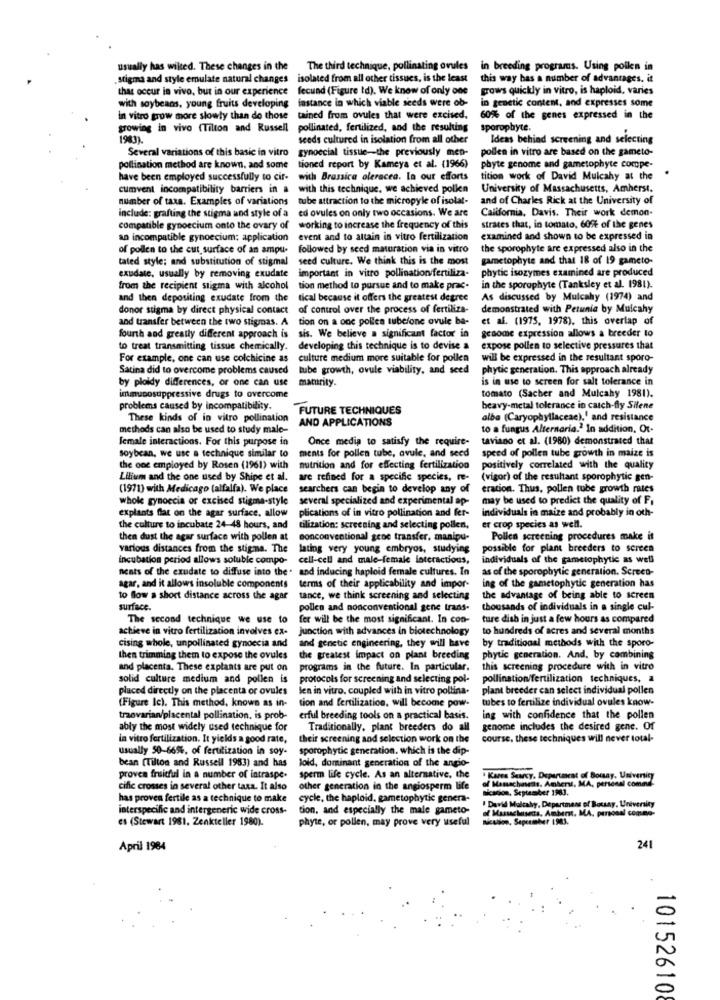
usually has wilted. These changes in the
The third technique, pollinating ovules in breeding programs. Using pollen in
,stigma and style emulate natural changes isolated from all other tissues, is the least
this way has a number of advantages. it
that occur in vivo, but in our experience
fecund (Figure td). We know of only one
grows quickly in vitro, is haploid, varies
with soybeans, young fruits developing
instance in which viable seeds were ob-
in genetic content, and expresses some
In vitro grow more slowly than do those
tained from ovules that were excised.
60% of the genes expressed in the
growing in vivo (Tilton and Russell
pollinated, fertilized, and the resulting
sporophyte.
1983).
seeds cultured in isolation from all other
Ideas behind screening and selecting
Several variations of this basic in vitro
gynoccial tissue-the previously men-
pollen in vitro are based on the gameto-
pollination method are known. and some
tioned report by Kameya et al. (1966)
phyte genome and gametophyte compe-
have been employed successfully to cir-
with Brassica oleracea. In our efforts
tition work of David Mulcahy at the
cumvent incompatibility barriers in a
with this technique. we achieved pollen
University of Massachusetts, Amherst.
number of taxa. Examples of variations
tube attraction to the micropyle of isolal-
and of Charles Rick at the University of
include: grafting the stigma and style of a
ed ovules on only two occasions. We are
California. Davis. Their work demon-
compatible gynoecium onto the ovary of
working to increase the frequency of this
strates that, in tomato, 60ft of the genes
an incompatible gynoecium; application
event and to attain in vitro fertilization
examined and shown to be expressed in
of pollen to the cut surface of an ampu-
followed by seed maturation via in vitro
the sporophyte are expressed also in the
tated style; and substitution of stigmal
seed culture. We think this is the most
gametophyte and that 18 of 19 gameto-
important in vitro pollination/fertiliza-
phytic isozymes examined are produced
exudate, usually by removing exudate
from the recipient stigma with alcohol
tion method to pursue and to make prac.
in the sporophyte (Tanksley et al. 1981).
and then depositing exudate from the
tical because it offers the greatest degree
As discussed by Mulcahy (1974) and
donor stigma by direct physical contact
of control over the process of fertiliza-
demonstrated with Petunia by Mulcahy
and transfer between the two stigmas. A tion on a one pollen tubefone ovule ba-
et al. (1975, 1978). this overlap of
fourth and greatly different approach is sis. We believe a significant factor in
genome expression allows a breeder to
to treat transmitting tissue chemically.
developing this technique is to devise a
expose pollen to selective pressures that
For example, one can use colchicine as
culture medium more suitable for pollen
will be expressed in the resultant sporo-
Satina did to overcome problems caused
tube growth, ovule viability, and seed
phytic generation. This approach already
by ploidy differences, or one can use
maturity.
is in use to screen for salt tolerance in
tomato (Sacher and Mulcahy 1981).
immunosuppressive drugs to overcome
problems caused by incompatibility.
FUTURE TECHNIQUES
heavy-metal tolerance in catch-fly Silene
These kinds of in vitro pollination
AND APPLICATIONS
alba (Caryophyllaceae),' and resistance
methods can also be used to study male-
to a fungus Alternaria. In addition, Or-
female interactions. For this purpose in
Once media to satisfy the require-
taviano et al. (1980) demonstrated that
soybean, we use a technique similar to
speed of pollen tube growth in maize is
ments for pollen tube, ovule, and seed
the one employed by Rosen (1961) with
nutrition and for effecting fertilization
positively correlated with the quality
Lilium and the one used by Shipe et al.
are refined for a specific species, re-
(vigor) of the resultant sporophytic gen-
(1971) with Medicago (alfalfa). We place
searchers can begin to develop any of
eration. Thus, pollen tube growth rates
whole gynoccia or excised stigma-style
several specialized and experimental ap-
may be used to predict the quality of F.
explants flat on the agar surface. allow
plications of in vitro pollination and fer-
individuals in maize and probably in oth-
the culture to incubate 24-48 hours, and
tilization: screening and selecting pollen,
er crop species as well.
then dust the agar surface with pollen at
Bonconventional gene transfer, manipu-
Pollen screening procedures make it
various distances from the stigma. The
lating very young embryos, studying
possible for plant breeders to screen
incubation period allows soluble compo-
cell-cell and male-female interactions,
individuals of the gametophytic as well
nents of the exudate to diffuse into the. and inducing haploid female cultures. In
as of the sporophytic generation. Screen-
agar, and it allows insoluble components
terms of their applicability and impor-
ing of the gametophytic generation has
to flow a short distance across the agar
tance, we think screening and selecting
the advantage of being able to screen
surface.
pollen and nonconventional gene trans-
thousands of individuals in a single cul-
The second technique we use to
fer will be the most significant. In con-
ture dish in just a few hours as compared
actieve in vitro fertilization involves ex-
junction with advances in biotechnology
to hundreds of acres and several months
by traditional methods with the sporo-
cising whole, unpollinated gynoccia and
and genetic engineering, they will have
then trimming them to expose the ovules
the greatest impact on plant breeding
phytic generation. And, by combining
and placenta. These explants are put on
programs in the future. In particular.
this screening procedure with in vitro
solid culture medium and pollen is
protocols for screening and selecting pol-
pollination/fertilization techniques, a
placed directly on the placenta or ovules
Jen in vitro, coupled with in vitro pollina.
plant breeder can select individual pollen
(Figure Ic). This method, known as in-
tion and fertilization, will become pow-
tubes to fertilize individual ovules know-
traovarian/placental pollination, is prob-
erful breeding tools on a practical basis.
ing with confidence that the pollen
ably the most widely used technique for
Traditionally, plant breeders do all
genome includes the desired gene. Of
in vitro fertilization. It yields a good rate,
their screening and selection work on the
course. these techniques will never total-
usually 50-6656, of fertilization in soy-
sporophytic generation. which is the dip-
bean (Tilton and Russell 1983) and has
loid, dominant generation of the angio-
proven fruitful in a number of intraspe.
sperm life cycle. As an alternative, the
Kurva Searcy, Department of Bomsay, University
cific crosses in several other taxa. It also
other generation in the angiosperm life
of Massachusetts. Amherst, MA, personal comand
nicadion, September 1981.
has proven fertile as a technique to make
cycle, the haploid, gametophytic genera-
interspecific and intergeneric wide cross-
tion, and especially the male gameto-
of Massachusetts, Ambert, MA, personal comeo-
Mulcahy, Department of Bousay, University
es (Stewart 1981. Zenkteller 1980).
phyte, or pollen, may prove very useful
Bulion, Sepersaber 1983.
April 1984
241
101526108